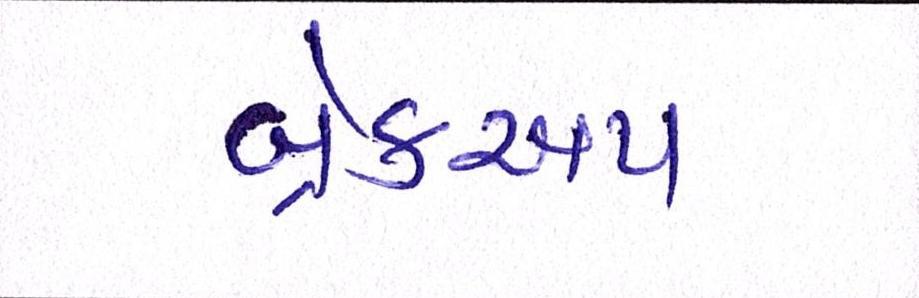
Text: બ્રેકઅપ